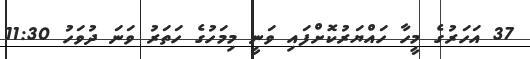
37 އަހަރުގެ މީހާ ހައްޔަރުކޮށްފައި ވަނީ މިމަހުގެ ހަަތަރު ވަނަ ދުވަހު 11:30